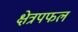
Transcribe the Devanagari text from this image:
क्षेत्रपफल